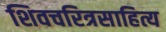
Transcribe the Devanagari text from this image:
शिवचरित्रसाहित्य